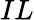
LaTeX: IL